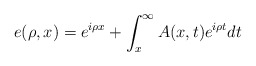
\begin{align*}e(\rho,x)=e^{i\rho x}+\int_{x}^{\infty}A(x,t)e^{i\rho t}dt \end{align*}